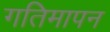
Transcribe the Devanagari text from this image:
गतिमापन